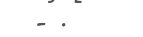
- .